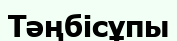
Тәңбісұпы